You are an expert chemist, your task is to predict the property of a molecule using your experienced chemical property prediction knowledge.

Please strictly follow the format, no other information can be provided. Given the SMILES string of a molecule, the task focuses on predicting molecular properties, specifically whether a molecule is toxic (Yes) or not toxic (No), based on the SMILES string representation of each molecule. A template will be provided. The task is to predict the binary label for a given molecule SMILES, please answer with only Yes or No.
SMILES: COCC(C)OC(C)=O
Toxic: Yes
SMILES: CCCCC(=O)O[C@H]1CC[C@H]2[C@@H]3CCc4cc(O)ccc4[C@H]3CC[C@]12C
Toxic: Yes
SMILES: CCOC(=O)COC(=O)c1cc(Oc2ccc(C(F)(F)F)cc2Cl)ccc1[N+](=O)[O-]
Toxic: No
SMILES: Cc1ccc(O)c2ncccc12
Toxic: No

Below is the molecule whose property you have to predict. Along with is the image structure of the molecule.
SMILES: COC(=O)[C@H]1[C@@H](O)CC[C@H]2CN3CCc4c([nH]c5ccccc45)[C@@H]3C[C@@H]21
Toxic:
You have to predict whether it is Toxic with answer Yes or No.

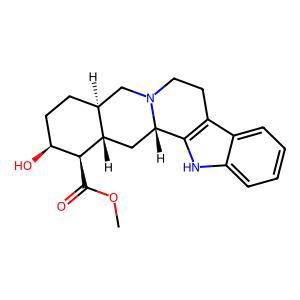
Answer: No